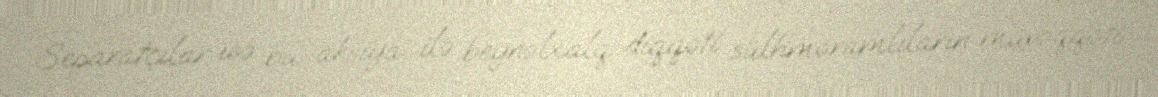
Separatçılar isə bu aksiya ilə beynəlxalq diqqəti sülhməramlıların müvəqqəti